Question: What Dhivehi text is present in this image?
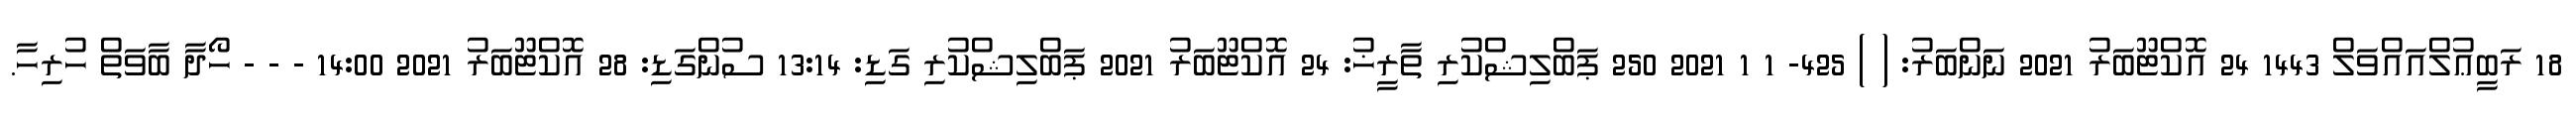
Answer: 18 ރަބީޢުލްއައްވަލް 1443 24 އޮކްޓޫބަރު 2021 ނަންބަރު: ( ) 425- 1 1 2021 250 ޕަބްލިޝްކުރި ތާރީޚު: 24 އޮކްޓޫބަރު 2021 ޕަބްލިޝްކުރި ގަޑި: 13:14 ސުންގަޑި: 28 އޮކްޓޫބަރު 2021 14:00 - - - ހޯދާ ބާވަތް ހުރިހާ.